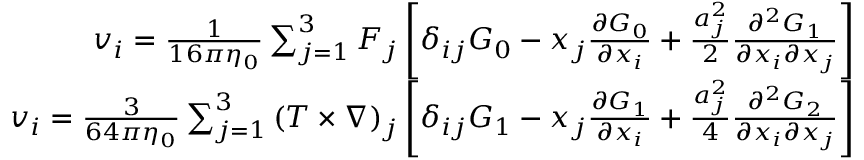
\begin{array} { r } { v _ { i } = \frac { 1 } { 1 6 \pi \eta _ { 0 } } \sum _ { j = 1 } ^ { 3 } F _ { j } \left[ \delta _ { i j } G _ { 0 } - x _ { j } \frac { \partial G _ { 0 } } { \partial x _ { i } } + \frac { a _ { j } ^ { 2 } } { 2 } \frac { \partial ^ { 2 } G _ { 1 } } { \partial x _ { i } \partial x _ { j } } \right] } \\ { v _ { i } = \frac { 3 } { 6 4 \pi \eta _ { 0 } } \sum _ { j = 1 } ^ { 3 } \left( \boldsymbol { T \times \nabla } \right) _ { j } \left[ \delta _ { i j } G _ { 1 } - x _ { j } \frac { \partial G _ { 1 } } { \partial x _ { i } } + \frac { a _ { j } ^ { 2 } } { 4 } \frac { \partial ^ { 2 } G _ { 2 } } { \partial x _ { i } \partial x _ { j } } \right] } \end{array}